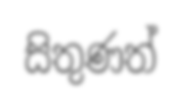
සිතුණත්